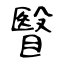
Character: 瞖